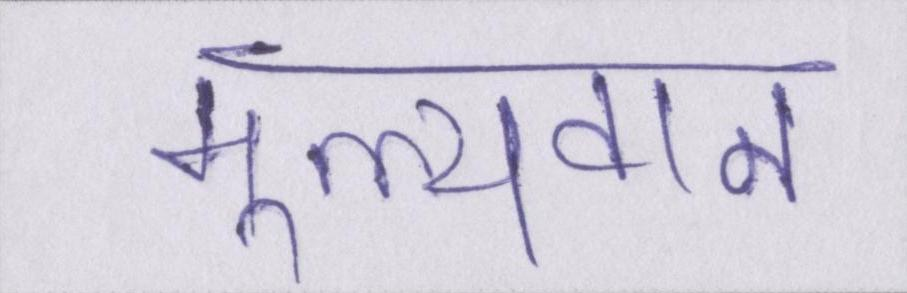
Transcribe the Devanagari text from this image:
मूल्यवान